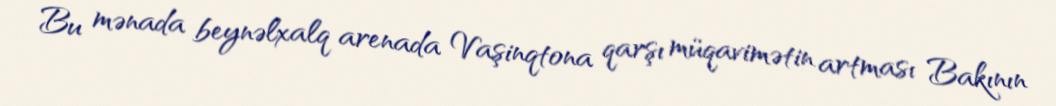
Bu mənada beynəlxalq arenada Vaşinqtona qarşı müqavimətin artması Bakının